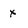
Character: x